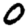
Digit: 0